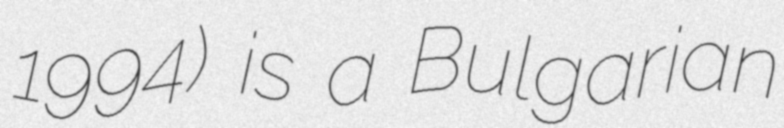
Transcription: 1994) is a Bulgarian